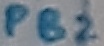
Text: PB2